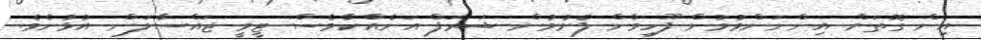
އިން ގޮތަށް އިންނަންވުމުން ފޫހިވާން ފެށުމުން ޝަރަފް އަނެއްކާވެސް ޓީވީ ޖައްސާލަން އުޅުނެވެ.